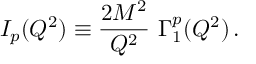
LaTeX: I _ { p } ( Q ^ { 2 } ) \equiv { \frac { 2 M ^ { 2 } } { Q ^ { 2 } } } ~ \Gamma _ { 1 } ^ { p } ( Q ^ { 2 } ) \, .